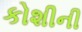
કોશીની